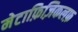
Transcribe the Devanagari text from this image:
मेटाफ़िज़िकलफ़